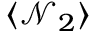
\langle \mathcal { N } _ { 2 } \rangle